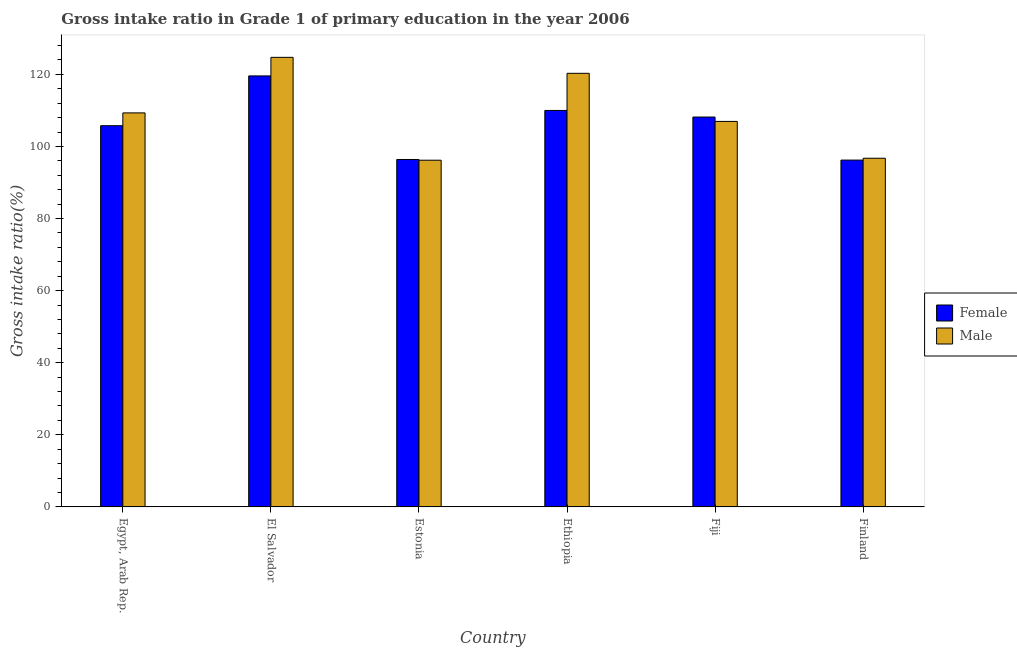
| Country | Female | Male |
 | --- | --- | --- |
 | Egypt, Arab Rep. | 106 | 109 |
 | El Salvador | 120 | 125 |
 | Estonia | 96.4 | 96.2 |
 | Ethiopia | 110 | 120 |
 | Fiji | 108 | 107 |
 | Finland | 96.2 | 96.7 |